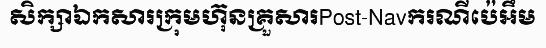
សិក្សាឯកសារក្រុមហ៊ុនគ្រួសារPost-Navករណីប៉េអឹម